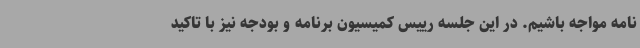
نامه مواجه باشیم. در این جلسه رییس کمیسیون برنامه و بودجه نیز با تاکید